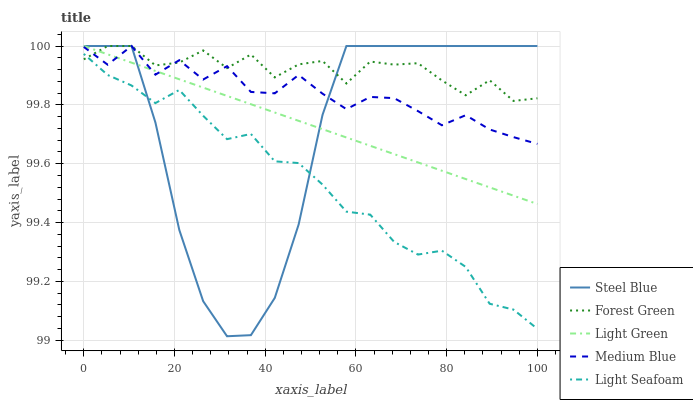
| xaxis_label | Steel Blue | Forest Green | Light Green | Medium Blue | Light Seafoam |
 | --- | --- | --- | --- | --- | --- |
 | 0 | 100 | 100 | 100 | 100 | 100 |
 | 5.26 | 100 | 100 | 100 | 99.9 | 99.9 |
 | 10.5 | 100 | 100 | 99.9 | 100 | 99.9 |
 | 15.8 | 99.7 | 99.9 | 99.9 | 99.9 | 99.8 |
 | 21.1 | 99.4 | 99.9 | 99.9 | 100 | 99.9 |
 | 26.3 | 99.1 | 100 | 99.9 | 99.9 | 99.8 |
 | 31.6 | 99 | 99.9 | 99.8 | 99.9 | 99.7 |
 | 36.8 | 99 | 100 | 99.8 | 99.8 | 99.7 |
 | 42.1 | 99.1 | 99.9 | 99.8 | 99.8 | 99.6 |
 | 47.4 | 99.4 | 99.9 | 99.7 | 99.9 | 99.6 |
 | 52.6 | 99.8 | 99.9 | 99.7 | 99.8 | 99.5 |
 | 57.9 | 100 | 99.9 | 99.7 | 99.8 | 99.4 |
 | 63.2 | 100 | 99.9 | 99.7 | 99.8 | 99.4 |
 | 68.4 | 100 | 99.9 | 99.6 | 99.8 | 99.3 |
 | 73.7 | 100 | 99.9 | 99.6 | 99.8 | 99.3 |
 | 78.9 | 100 | 99.9 | 99.6 | 99.7 | 99.3 |
 | 84.2 | 100 | 99.8 | 99.5 | 99.8 | 99.2 |
 | 89.5 | 100 | 99.9 | 99.5 | 99.7 | 99.1 |
 | 94.7 | 100 | 99.8 | 99.5 | 99.7 | 99.1 |
 | 100 | 100 | 99.8 | 99.5 | 99.7 | 99 |